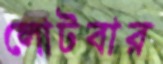
লোটবার